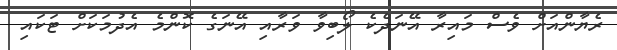
ރެޔާންއަށް ވެސް މައިރާ އޭނަދެކެ ލޯބިވާ ވަރާއި އޭނަގެ ކޮންމެ އެދުމަކަށް ޓަކައި